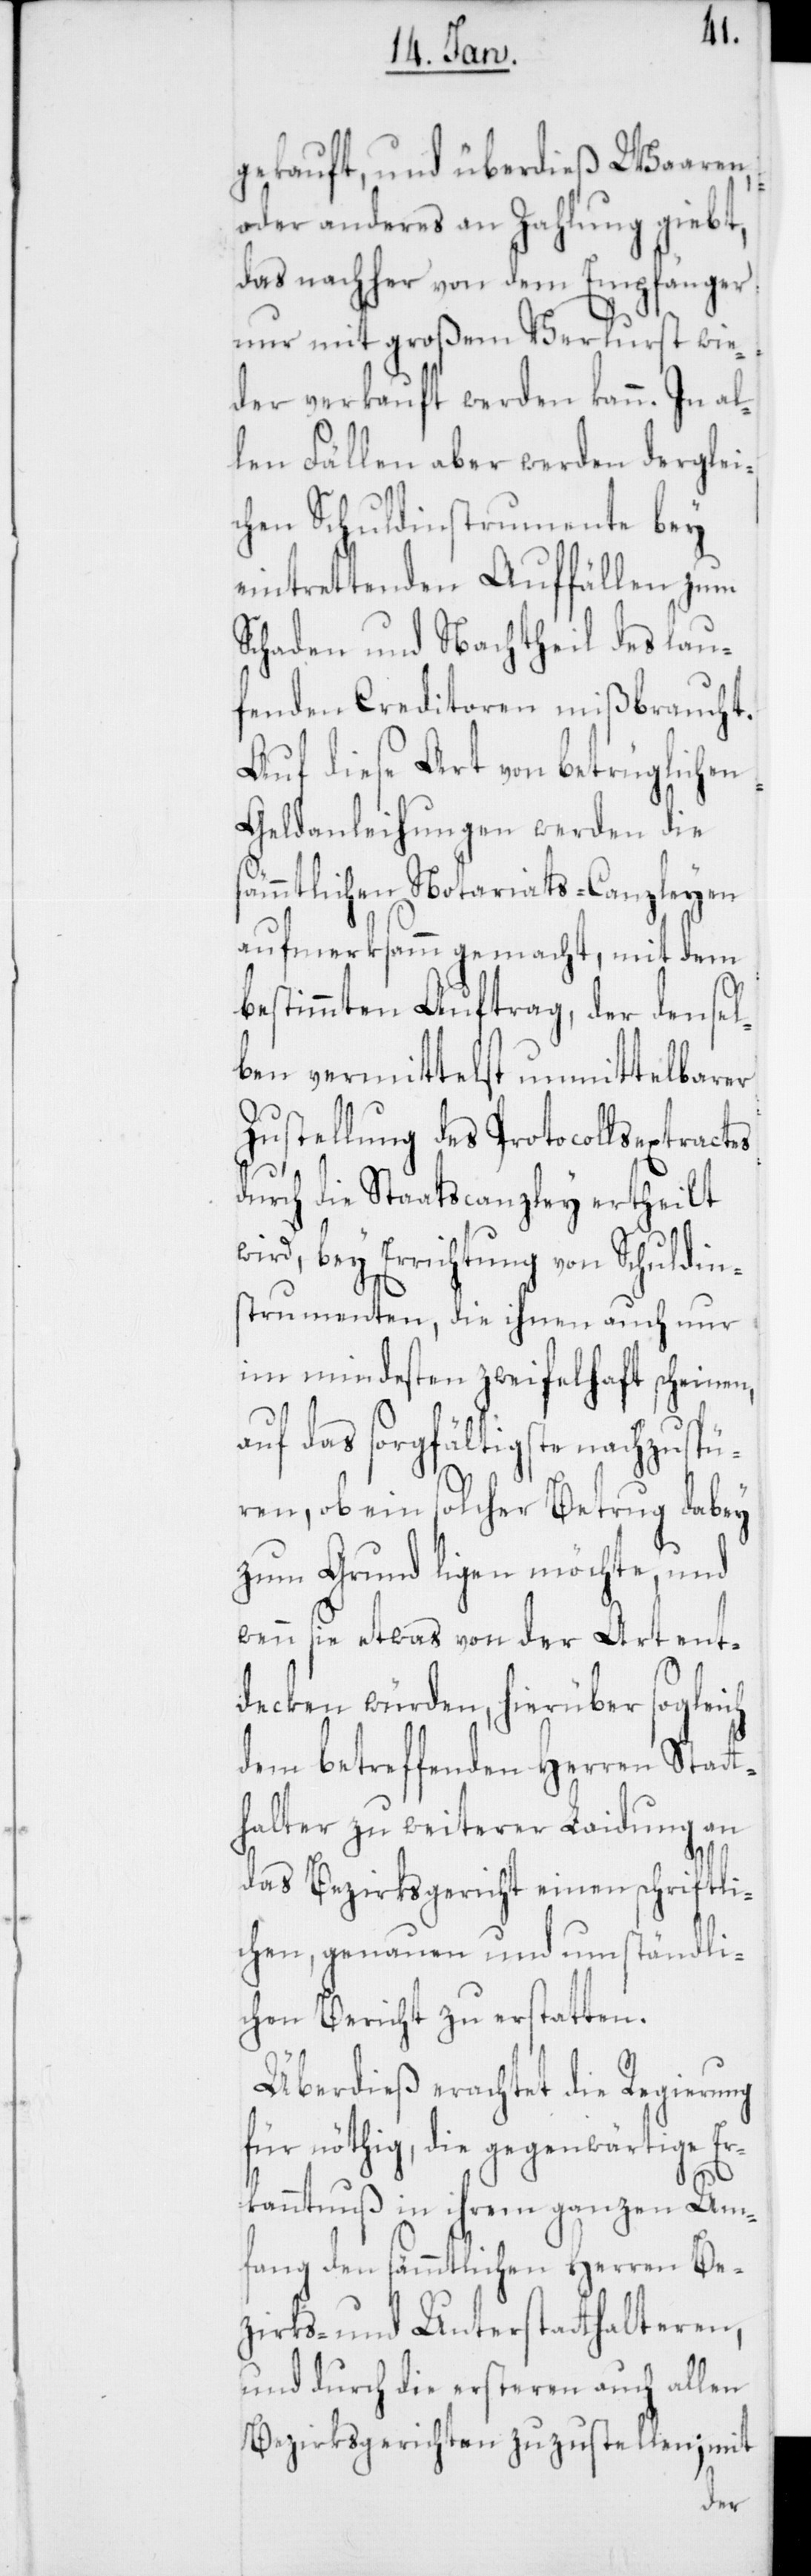
gekauft, und überdieß Waaren,
oder anderes an Zahlung giebt,
das nachher von dem Empfänger
nur mit großem Verlust wie¬
der verkauft werden kann. In al¬
len Fällen aber werden derglei¬
chen Schuldinstrumente bey
eintrettenden Auffällen zum
Schaden und Nachtheil des lau¬
fenden Creditoren mißbraucht.
Auf diese Art von betrüglichen
Geldanleihungen werden die
sämmtlichen Notariats-Canzleyen
aufmerksam gemacht, mit dem
bestimmten Auftrag, der densel¬
ben vermittelst unmittelbarer
Zustellung des Protocollsextractes
durch die Staatscanzley ertheilt
wird, bey Errichtung von Schuldins¬
trumenten, die ihnen auch nur
im mindesten zweifelhaft scheinen,
auf das sorgfältigste nachzuspü¬
ren, ob ein solcher Betrug dabey
zum Grund ligen möchte, und
wenn sie etwas von der Art ent¬
decken würden, hierüber sogleich
dem betreffenden Herren Statt¬
halter zu weiterer Laidung an
das Bezirksgericht einen schriftli¬
chen, genauen und umständli¬
chen Bericht zu erstatten.
Überdieß erachtet die Regierung
für nöthig, die gegenwärtige Er¬
kanntnuß in ihrem ganzen Um¬
fang den sämmtlichen Herren Be¬
zirks- und Unterstatthalteren,
und durch die ersteren auch allen
Bezirksgerichten zuzustellen; mit